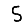
Digit: 5